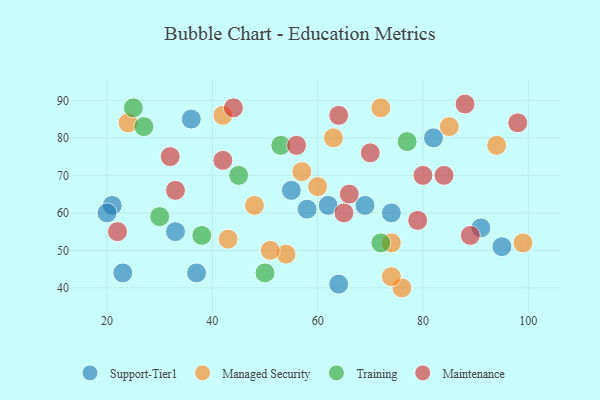
{"axis": {"x": "GDP", "y": "Life Expectancy"}, "legend": ["Maintenance", "Managed Security", "Support-Tier1", "Training"], "data": [{"x": "82", "y": 80, "type": "Support-Tier1"}, {"x": "69", "y": 62, "type": "Support-Tier1"}, {"x": "74", "y": 60, "type": "Support-Tier1"}, {"x": "95", "y": 51, "type": "Support-Tier1"}, {"x": "55", "y": 66, "type": "Support-Tier1"}, {"x": "91", "y": 56, "type": "Support-Tier1"}, {"x": "21", "y": 62, "type": "Support-Tier1"}, {"x": "62", "y": 62, "type": "Support-Tier1"}, {"x": "37", "y": 44, "type": "Support-Tier1"}, {"x": "23", "y": 44, "type": "Support-Tier1"}, {"x": "58", "y": 61, "type": "Support-Tier1"}, {"x": "36", "y": 85, "type": "Support-Tier1"}, {"x": "20", "y": 60, "type": "Support-Tier1"}, {"x": "33", "y": 55, "type": "Support-Tier1"}, {"x": "64", "y": 41, "type": "Support-Tier1"}, {"x": "72", "y": 88, "type": "Managed Security"}, {"x": "60", "y": 67, "type": "Managed Security"}, {"x": "48", "y": 62, "type": "Managed Security"}, {"x": "24", "y": 84, "type": "Managed Security"}, {"x": "57", "y": 71, "type": "Managed Security"}, {"x": "85", "y": 83, "type": "Managed Security"}, {"x": "76", "y": 40, "type": "Managed Security"}, {"x": "63", "y": 80, "type": "Managed Security"}, {"x": "99", "y": 52, "type": "Managed Security"}, {"x": "54", "y": 49, "type": "Managed Security"}, {"x": "42", "y": 86, "type": "Managed Security"}, {"x": "74", "y": 43, "type": "Managed Security"}, {"x": "74", "y": 52, "type": "Managed Security"}, {"x": "94", "y": 78, "type": "Managed Security"}, {"x": "43", "y": 53, "type": "Managed Security"}, {"x": "51", "y": 50, "type": "Managed Security"}, {"x": "72", "y": 52, "type": "Training"}, {"x": "45", "y": 70, "type": "Training"}, {"x": "50", "y": 44, "type": "Training"}, {"x": "30", "y": 59, "type": "Training"}, {"x": "38", "y": 54, "type": "Training"}, {"x": "53", "y": 78, "type": "Training"}, {"x": "77", "y": 79, "type": "Training"}, {"x": "27", "y": 83, "type": "Training"}, {"x": "25", "y": 88, "type": "Training"}, {"x": "64", "y": 86, "type": "Maintenance"}, {"x": "79", "y": 58, "type": "Maintenance"}, {"x": "65", "y": 60, "type": "Maintenance"}, {"x": "70", "y": 76, "type": "Maintenance"}, {"x": "56", "y": 78, "type": "Maintenance"}, {"x": "89", "y": 54, "type": "Maintenance"}, {"x": "33", "y": 66, "type": "Maintenance"}, {"x": "22", "y": 55, "type": "Maintenance"}, {"x": "66", "y": 65, "type": "Maintenance"}, {"x": "32", "y": 75, "type": "Maintenance"}, {"x": "98", "y": 84, "type": "Maintenance"}, {"x": "80", "y": 70, "type": "Maintenance"}, {"x": "44", "y": 88, "type": "Maintenance"}, {"x": "42", "y": 74, "type": "Maintenance"}, {"x": "88", "y": 89, "type": "Maintenance"}, {"x": "84", "y": 70, "type": "Maintenance"}]}